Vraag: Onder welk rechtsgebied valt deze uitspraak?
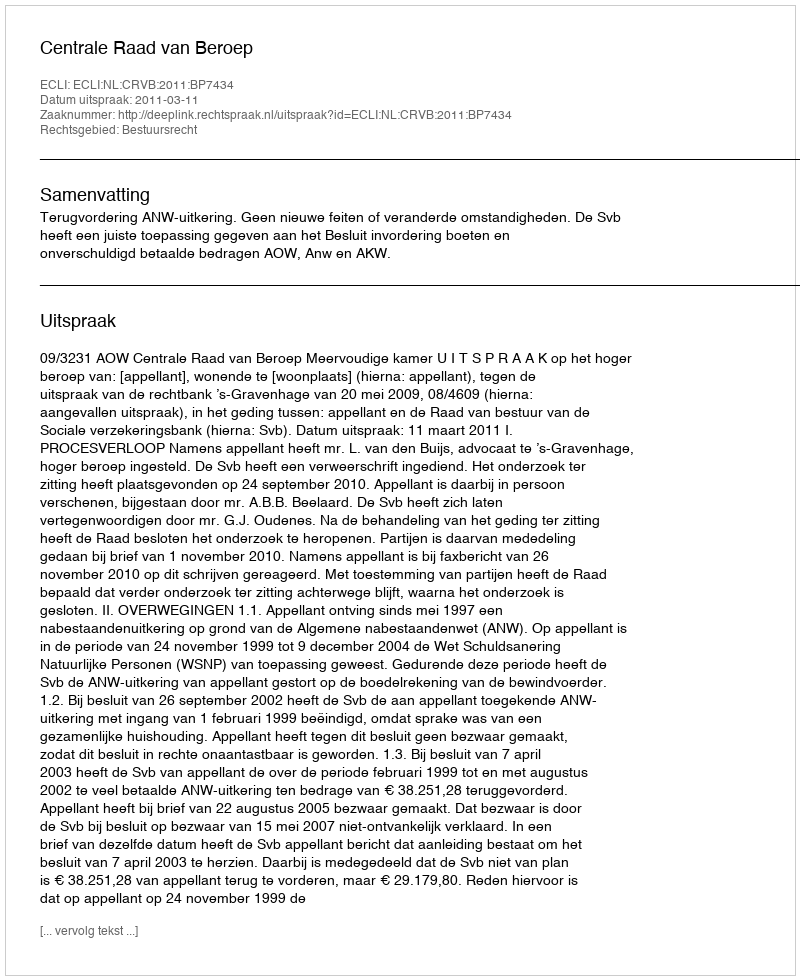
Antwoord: Bestuursrecht